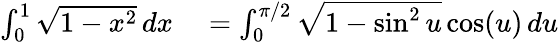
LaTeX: \begin{array}{rl}{\int_{0}^{1}{\sqrt{1-x^{2}}}\, dx}&{{}=\int_{0}^{\pi/2}{\sqrt{1-\sin^{2}u}}\cos(u)\, du}\end{array}